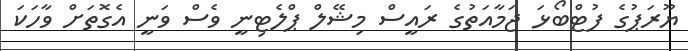
ޔޫރަޕުގެ ފުޓްބޯޅަ ޖަމާއަތުގެ ރައީސް މިޝޭލް ޕްލެޓިނީ ވެސް ވަނީ އެގޮތަށް ވާހަކަ